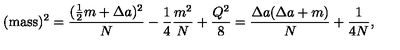
( \mathrm { m a s s } ) ^ { 2 } = { \frac { ( \frac { 1 } { 2 } m + \Delta a ) ^ { 2 } } { N } } - \frac { 1 } { 4 } { \frac { m ^ { 2 } } { N } } + \frac { Q ^ { 2 } } { 8 } = { \frac { \Delta a ( \Delta a + m ) } { N } } + \frac { 1 } { 4 N } ,